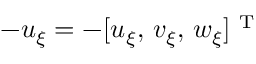
- \boldsymbol { u } _ { \xi } = - [ u _ { \xi } , \, v _ { \xi } , \, w _ { \xi } ] ^ { \mathrm { ~ T ~ } }